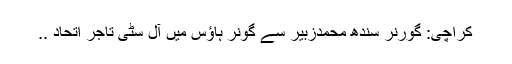
کراچی: گورنر سندھ محمدزبیر سے گونر ہاؤس میں آل سٹی تاجر اتحاد ..